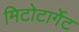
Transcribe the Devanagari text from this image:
मिटोटार्गेट